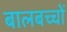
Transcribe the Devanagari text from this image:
बालबच्चों